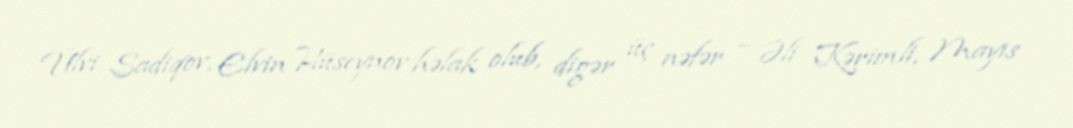
Ülvi Sadiqov, Elvin Hüseynov həlak olub, digər üç nəfər – Əli Kərimli, Mayıs